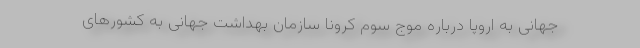
جهانی به اروپا درباره موج سوم کرونا سازمان بهداشت جهانی به کشورهای